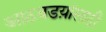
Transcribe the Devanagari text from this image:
आठवडय़ांसाठी